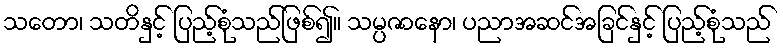
သတော၊ သတိနှင့် ပြည့်စုံသည်ဖြစ်၍။ သမ္ပဇာနော၊ ပညာအဆင်အခြင်နှင့် ပြည့်စုံသည်